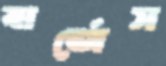
বার্জেস